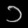
Digit: ၁